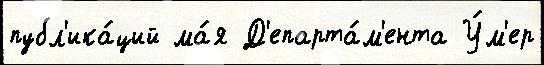
публ'ика́ций ма́я Д'епарта́м'ента У́м'ер